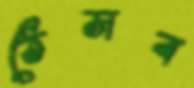
ঠেসব